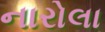
નારોલા